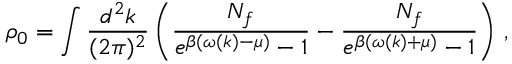
\rho _ { 0 } = \int \frac { d ^ { 2 } k } { ( 2 \pi ) ^ { 2 } } \left( \frac { N _ { f } } { e ^ { \beta ( \omega ( k ) - \mu ) } - 1 } - \frac { N _ { f } } { e ^ { \beta ( \omega ( k ) + \mu ) } - 1 } \right) \, ,